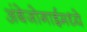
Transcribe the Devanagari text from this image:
अंबेजोगाईमध्ये